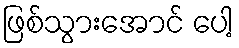
ဖြစ်သွားအောင် ပေါ့